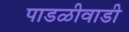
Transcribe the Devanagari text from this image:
पाडळीवाडी